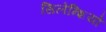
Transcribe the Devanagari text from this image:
सिलेन्शियो